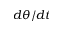
d \theta / d t